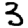
Digit: 3